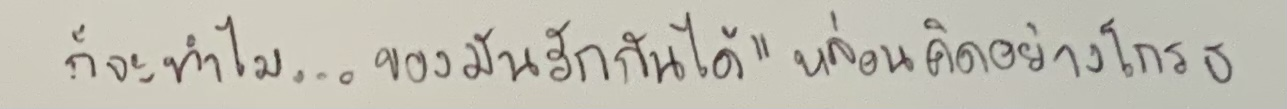
ก็จะทำไม...ของมันรักกันได้"หล่อนคิดอย่างโกรธ